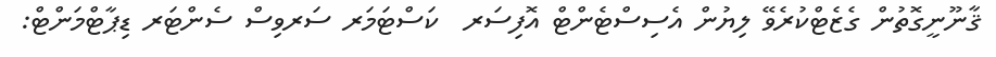
ޤާނޫނީގޮތުން ގެޒެޓްކުރެވޭ ލިޔުން އެސިސްޓެންޓް އޮފިސަރ  ކަސްޓަމަރ ސަރވިސް ސެންޓަރ ޑިޕާޓްމަންޓް: